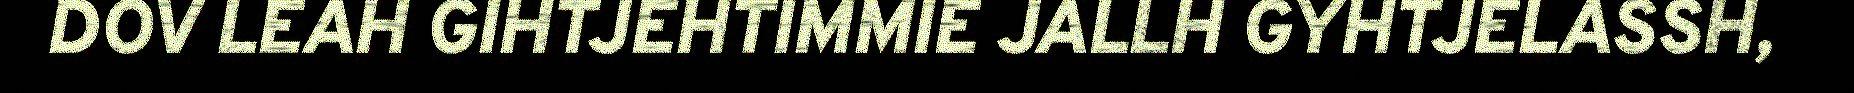
DOV LEAH GIHTJEHTIMMIE JALLH GYHTJELASSH,